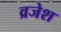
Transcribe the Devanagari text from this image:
व्रजेश